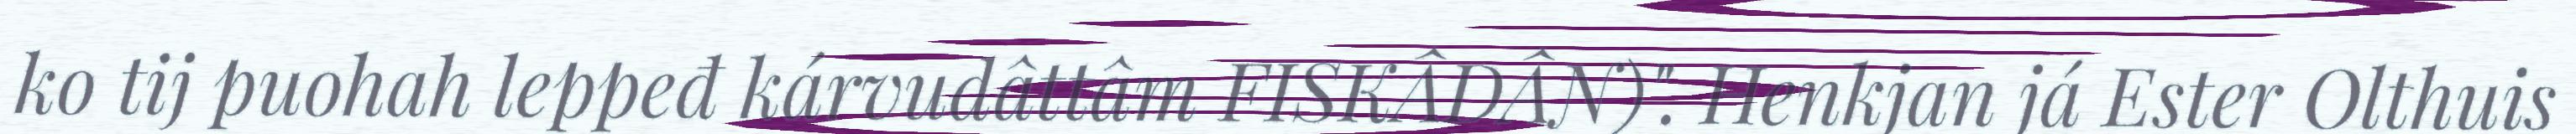
ko tij puohah leppeđ kárvudâttâm FISKÂDÂN)". Henkjan já Ester Olthuis